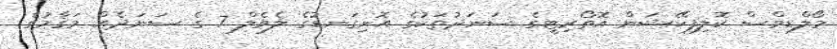
މޯލްޑިވްސް ކޮލިފިކޭޝަން އޮތޯރިޓީގެ ސަނަދުތަކުގެ އޮނިގަނޑުގެ ލެވެލް 7 ގެ ސަނަދެއް މަޤާމުގެ